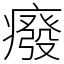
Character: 癈